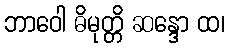
ဘာဝေါ ဓိမုတ္တိ ဆန္ဒော ထ၊